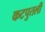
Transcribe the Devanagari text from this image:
कटपुतली